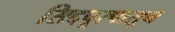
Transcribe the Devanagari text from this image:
सिद्दपूरपासून